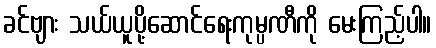
ခင်ဗျား သယ်ယူပို့ဆောင်ရေးကုမ္ပဏီကို မေးကြည့်ပါ။